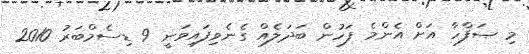
މި ޞަފްހާ އަށް އެންމެ ފަހުން ބަދަލެއް ގެނެވިފައިވަނީ 9 ޑިސެމްބަރު 2010